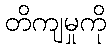
တိကျမှုကို